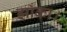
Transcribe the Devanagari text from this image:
झाँका।